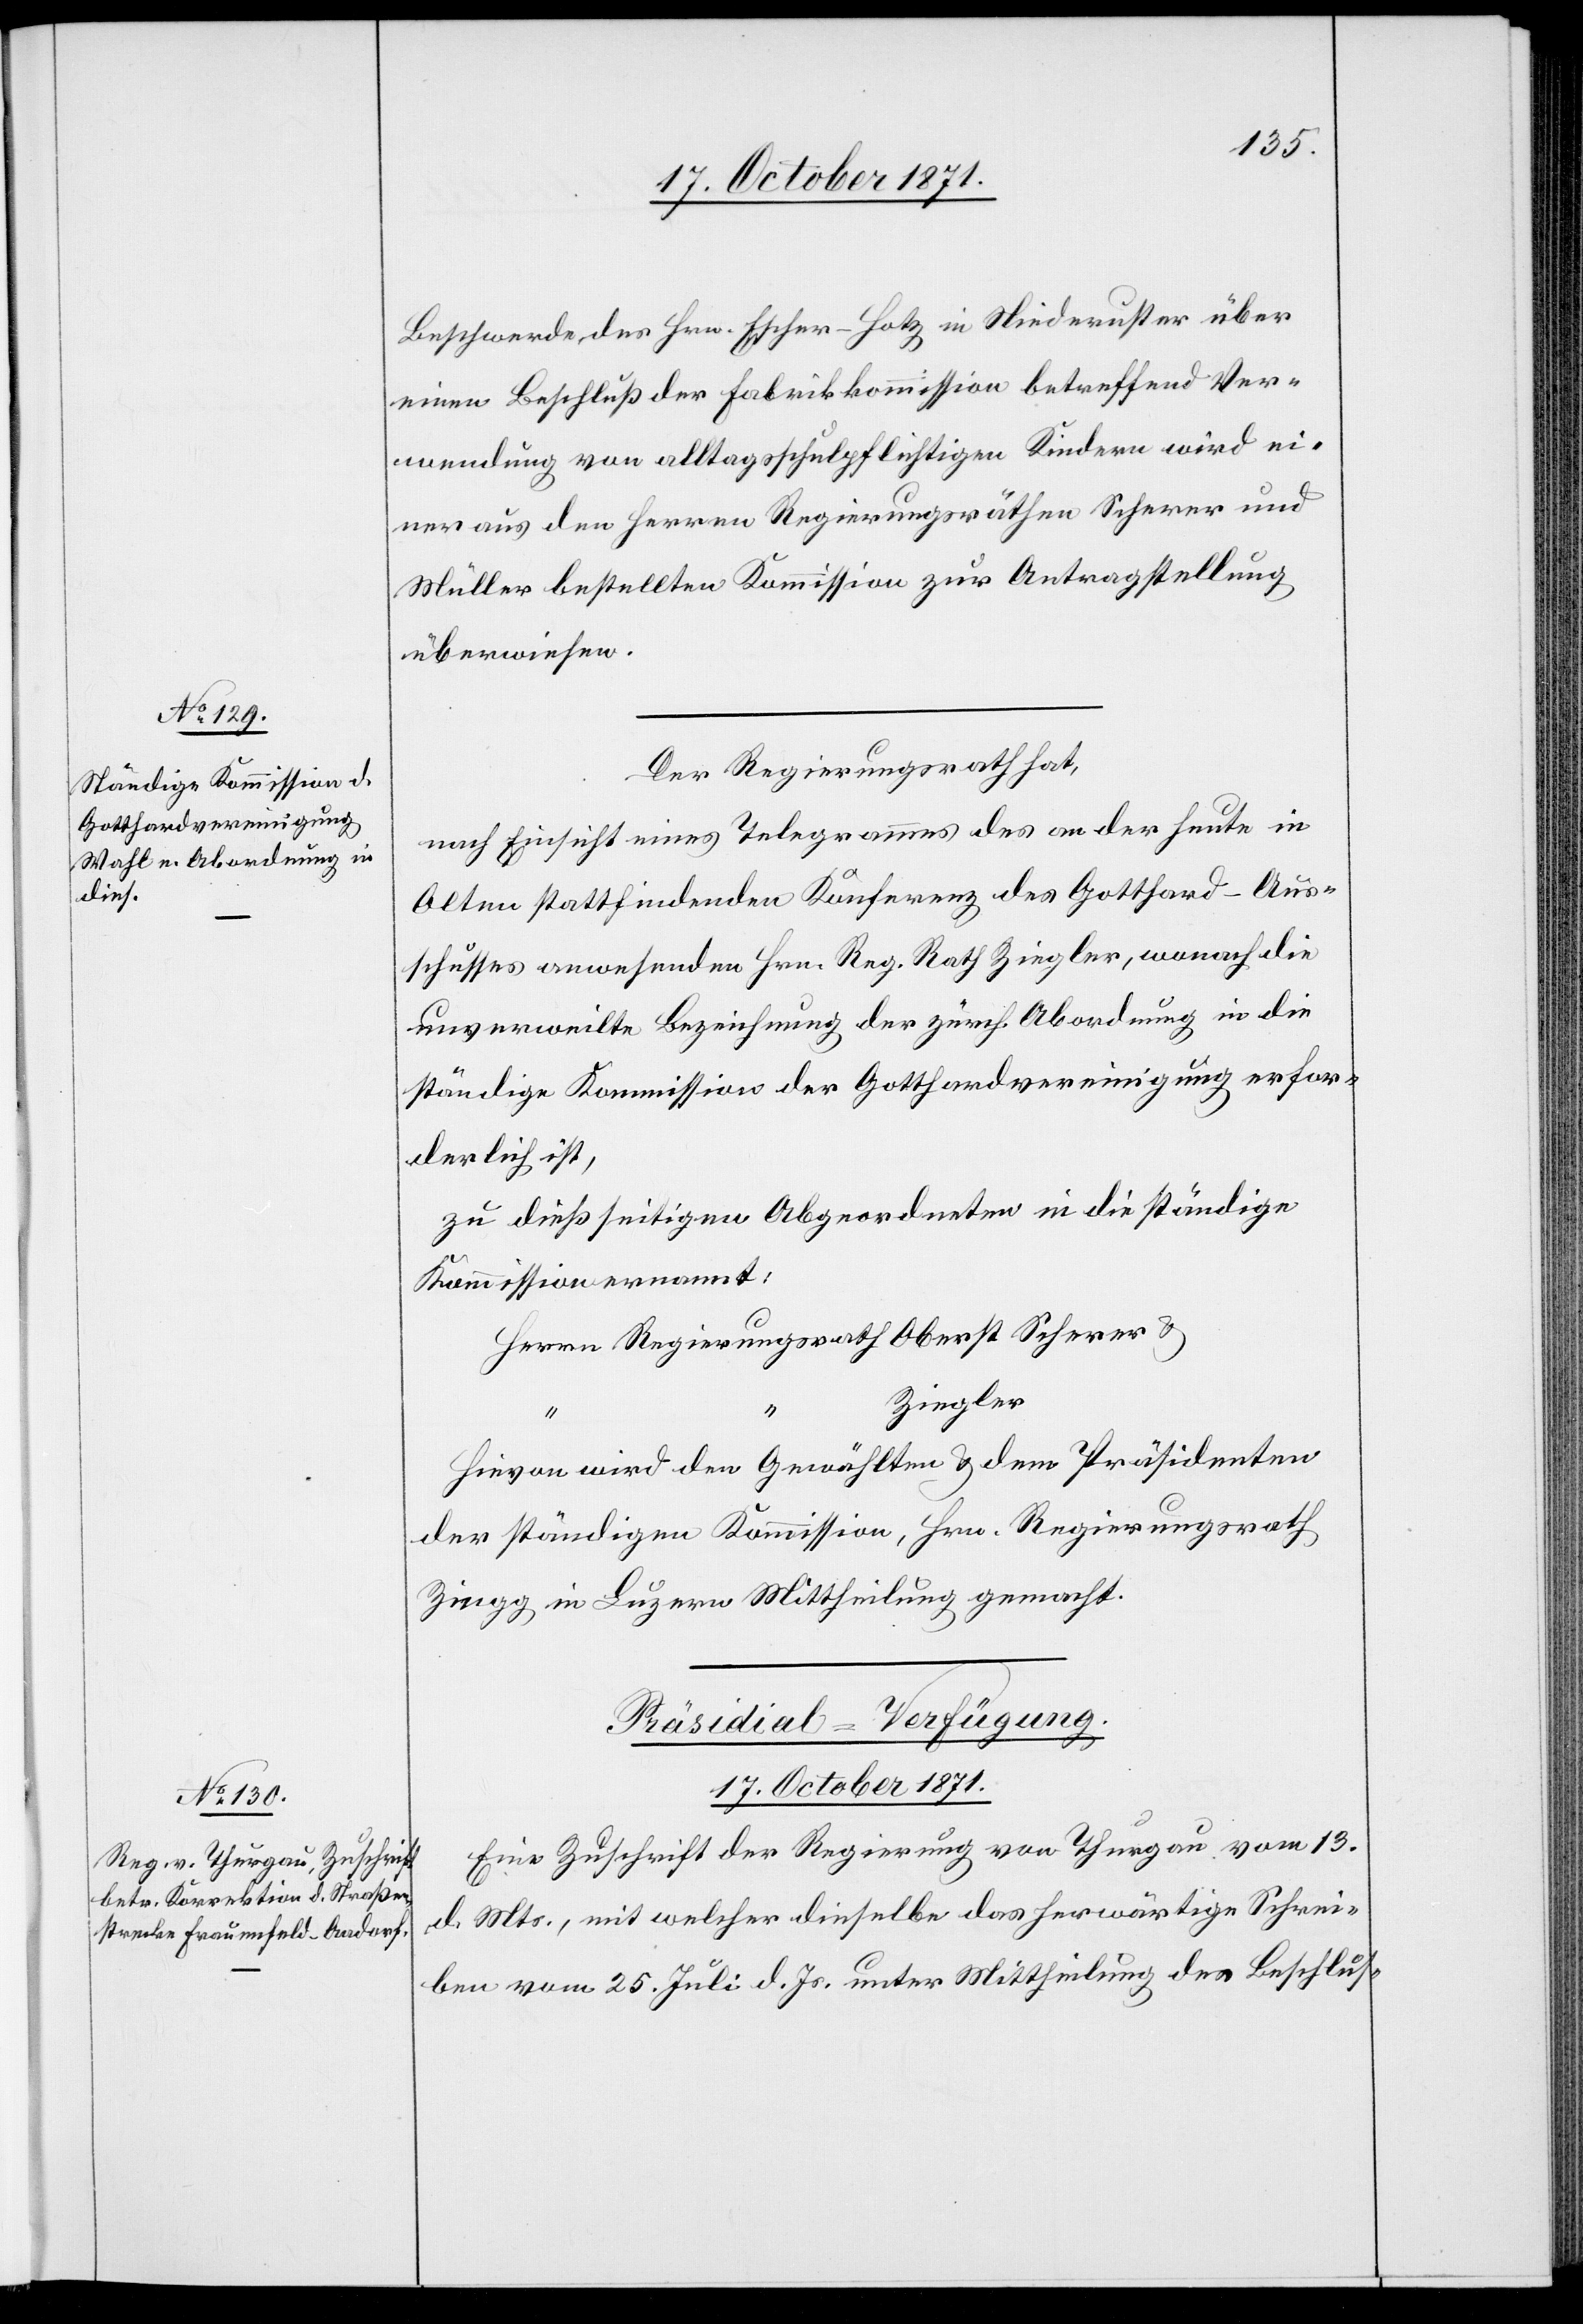
Beschwerde des Hrn. Escher-Hotz in Niederuster über
einen Beschluß der Fabrikkommission betreffend Ver¬
wendung von alltagsschulpflichtigen Kindern wird ei¬
ner aus den Herren Regierungsräthen Scherer und
Müller bestellten Kommission zur Antragstellung
überwiesen.
Der Regierungsrath hat,
nach Einsicht eines Telegrammes des an der heute in
Olten stattfindenden Konferenz des Gotthard-Aus¬
schusses anwesenden Hrn. Reg. Rath Ziegler, wonach die
unverweilte Bezeichnung der zürch. Abordnung in die
ständige Kommission der Gotthardvereinigung erfor¬
derlich ist,
zu dießseitigen Abgeordneten in die ständige
Kommission ernannt,
Ziegler
Hievon wird den Gewählten & dem Präsidenten
der ständigen Kommission, Hrn. Regierungsrath
Zingg in Luzern Mittheilung gemacht.
Präsidial-Verfügung.
17. October 1871.
Eine Zuschrift der Regierung von Thurgau vom 13.
d. Mts., mit welcher dieselbe das herwärtige Schrei¬
ben vom 25. Juli d. Js. unter Mittheilung des Beschlus-